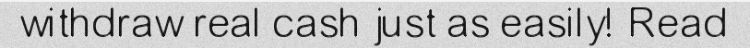
withdraw real cash just as easily! Read